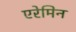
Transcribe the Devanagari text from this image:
एरेमिन